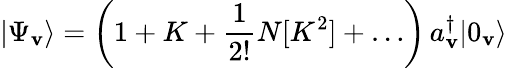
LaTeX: |\Psi_{\mathbf{v}}\rangle=\left(1+K+\frac{{1}}{{2!}}N[K^{2}]+\ldots\right)\, a_{\mathbf{v}}^{\dagger}|0_{\mathbf{v}}\rangle